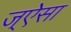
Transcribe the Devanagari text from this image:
ज्ऐसा